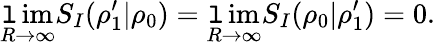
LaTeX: \operatorname*{\mathtt{l}im}_{R\rightarrow\infty}S_{I}(\rho_{1}^{\prime}|\rho_{0})=\operatorname*{\mathtt{l}im}_{R\rightarrow\infty}S_{I}(\rho_{0}|\rho_{1}^{\prime})=0.